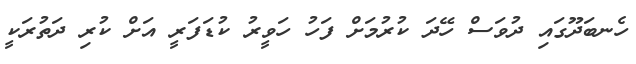
ހެނބަދޫގައި ދުވަސް ހޭދަ ކުރުމަށް ފަހު ހަވީރު ކުޑަފަރީ އަށް ކުރި ދަތުރަކީ